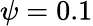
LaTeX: \psi=0.1